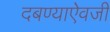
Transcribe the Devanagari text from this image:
दबण्याऐवजी